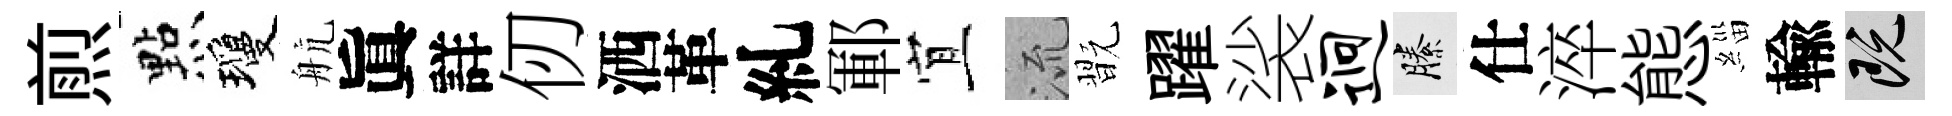
煎㸃瓊航眞詳仞洒革糺鄆宜𣴑翫躍裟迥縢仕淬態緇輸既